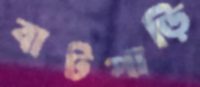
বাটপাড়ি